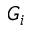
G _ { i }